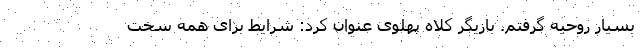
بسیار روحیه گرفتم. بازیگر کلاه پهلوی عنوان کرد: شرایط برای همه سخت